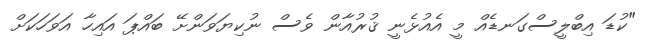
"ކުޑަ އިބްލީސްގަނޑެއް މީ އެއުޅެނީ ޤުރުއާން ވެސް ނުކިޔަވަންށޭ ބައްޕަ އައިހާ އަވަހަކަށް